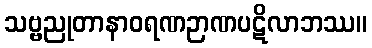
သဗ္ဗညုတာနာဝရဏဉာဏပဋိလာဘဿ။